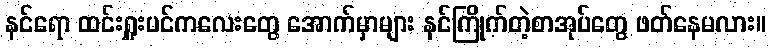
နင်ရော ထင်းရှူးပင်ကလေးတွေ အောက်မှာများ နင်ကြိုက်တဲ့စာအုပ်တွေ ဖတ်နေမလား။